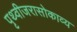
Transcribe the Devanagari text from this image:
पृथ्वीजरासोकाव्य